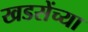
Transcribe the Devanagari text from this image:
खडसेंच्या